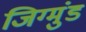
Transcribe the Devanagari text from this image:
जिग्मुंड